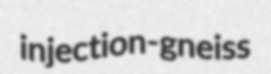
injection-gneiss